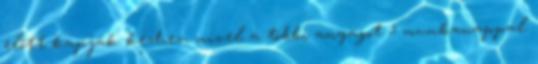
előtt kapják kézhez, mivel a többi anyagot 5 munkanappal